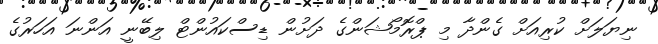
ނިޔަލަށް ކުރިއަށް ގެންދާ މި ޕްރޮމޯޝަންގެ ދަށުން ޑިސްކައުންޓް ލިބޭނީ އަންނަ އަހަރުގެ